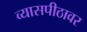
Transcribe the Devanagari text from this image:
व्‍यासपीठावर